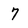
Character: 7